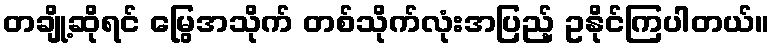
တချို့ဆိုရင် မြွေအသိုက် တစ်သိုက်လုံးအပြည့် ဥနိုင်ကြပါတယ်။